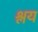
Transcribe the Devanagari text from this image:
श्लय